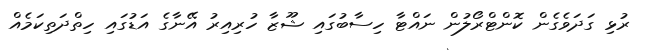
ރުޅި ގަދަވެގެން ކޮންޓްރޯލުން ނައްޓާ ހިސާބުގައި ޝޫޒާ ހުރިއިރު އޭނާގެ އަޑުގައި ހިތްދަތިކަމެއް